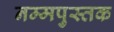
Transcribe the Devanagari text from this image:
नम्मपुस्तक